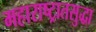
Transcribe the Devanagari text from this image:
महाराष्ट्रातसुद्धा